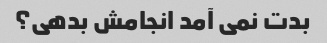
بدت نمی آمد انجامش بدهی؟